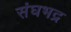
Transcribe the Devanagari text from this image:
संघभद्र